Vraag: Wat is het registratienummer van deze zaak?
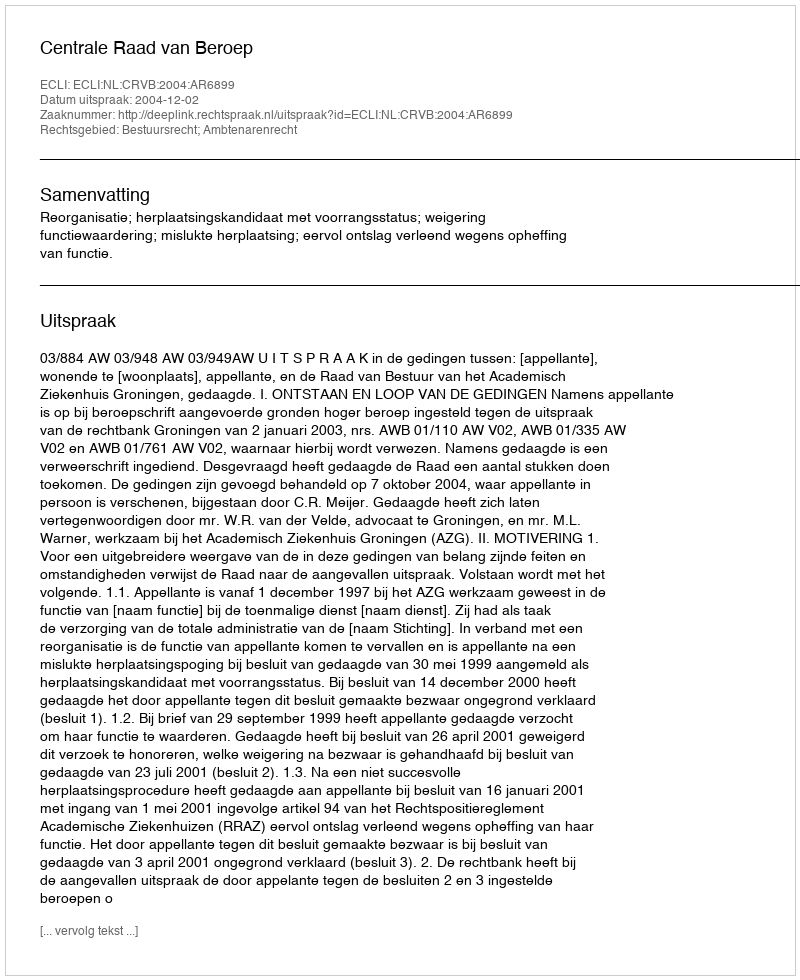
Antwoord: http://deeplink.rechtspraak.nl/uitspraak?id=ECLI:NL:CRVB:2004:AR6899